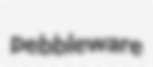
pebbleware